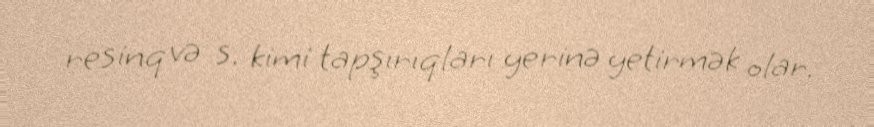
resinq və s. kimi tapşırıqları yerinə yetirmək olar.